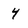
Character: 4